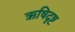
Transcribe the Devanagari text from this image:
ऋषिदृष्ट